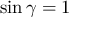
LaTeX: \sin \gamma = 1